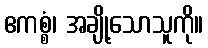
ဧကစ္စံ၊ အချို့သောသူကို။